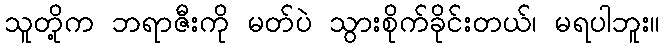
သူတို့က ဘရာဇီးကို မတ်ပဲ သွားစိုက်ခိုင်းတယ်၊ မရပါဘူး။